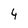
Character: 4